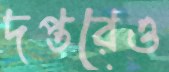
দপ্তরেও